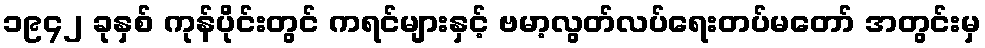
၁၉၄၂ ခုနှစ် ကုန်ပိုင်းတွင် ကရင်များနှင့် ဗမာ့လွတ်လပ်ရေးတပ်မတော် အတွင်းမှ